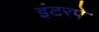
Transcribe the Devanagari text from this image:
इंटरपे